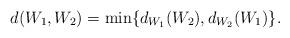
LaTeX: \begin{align*}d(W_1,W_2) = \min\{d_{W_1}(W_2), d_{W_2}(W_1)\}.\end{align*}